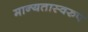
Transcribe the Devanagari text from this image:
मान्यतास्वरुप